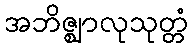
အဘိဇ္ဈာလုသုတ္တံ